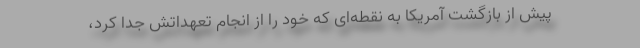
پیش از بازگشت آمریکا به نقطه‌ای که خود را از انجام تعهداتش جدا کرد،